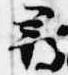
尋